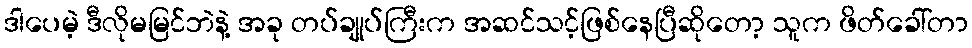
ဒါပေမဲ့ ဒီလိုမမြင်ဘဲနဲ့ အခု တပ်ချုပ်ကြီးက အဆင်သင့်ဖြစ်နေပြီဆိုတော့ သူက ဖိတ်ခေါ်တာ